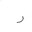
Letter: _ra